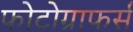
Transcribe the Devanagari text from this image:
फोटोग्राफर्स